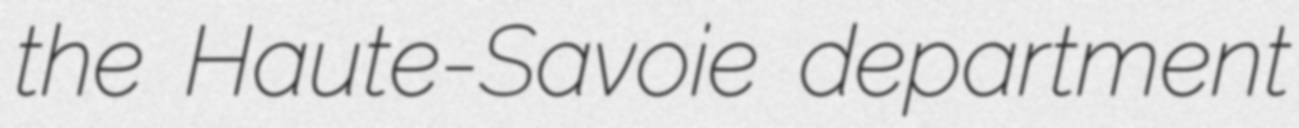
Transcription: the Haute-Savoie department